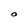
Character: O